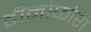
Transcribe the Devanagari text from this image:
टीनोफोरा